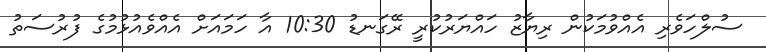
ސުލްހަވެރި އެއްވުމަކުން ރިޔާޒު ހައްޔަރުކުރީ ރޭގަނޑު 10:30 އާ ހަމައަށް އެއްވެއުޅުމުގެ ފުރުސަތު